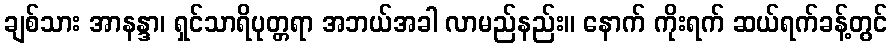
ချစ်သား အာနန္ဒာ၊ ရှင်သာရိပုတ္တရာ အဘယ်အခါ လာမည်နည်း။ နောက် ကိုးရက် ဆယ်ရက်ခန့်တွင်